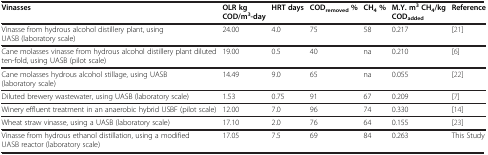
<table><thead><tr><td><b>Vinasses</b></td><td><b>OLR kg COD/m<sup>3</sup>-day</b></td><td><b>HRT days</b></td><td><b>COD<sub>removed</sub>%</b></td><td><b>CH<sub>4</sub>%</b></td><td><b>M.Y. m<sup>3</sup>CH<sub>4</sub>/kg COD<sub>added</sub></b></td><td><b>Reference</b></td></tr></thead><tbody><tr><td>Vinasse from hydrous alcohol distillery plant, using UASB (laboratory scale)</td><td>24.00</td><td>4.0</td><td>75</td><td>58</td><td>0.217</td><td>[21]</td></tr><tr><td>Cane molasses vinasse from hydrous alcohol distillery plant diluted ten-fold, using UASB (pilot scale)</td><td>19.00</td><td>0.5</td><td>40</td><td>na</td><td>0.210</td><td>[6]</td></tr><tr><td>Cane molasses hydrous alcohol stillage, using UASB (laboratory scale)</td><td>14.49</td><td>9.0</td><td>65</td><td>na</td><td>0.055</td><td>[22]</td></tr><tr><td>Diluted brewery wastewater, using UASB (laboratory scale)</td><td>1.53</td><td>0.75</td><td>91</td><td>67</td><td>0.209</td><td>[7]</td></tr><tr><td>Winery effluent treatment in an anaerobic hybrid USBF (pilot scale)</td><td>12.00</td><td>7.0</td><td>96</td><td>74</td><td>0.330</td><td>[14]</td></tr><tr><td>Wheat straw vinasse, using a UASB (laboratory scale)</td><td>17.10</td><td>2.0</td><td>76</td><td>64</td><td>0.155</td><td>[23]</td></tr><tr><td>Vinasse from hydrous ethanol distillation, using a modified UASB reactor (laboratory scale)</td><td>17.05</td><td>7.5</td><td>69</td><td>84</td><td>0.263</td><td>This Study</td></tr></tbody></table>